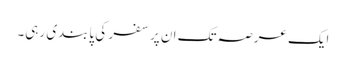
ایک عرصہ تک ان پر سفر کی پابندی رہی۔